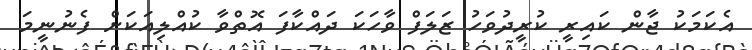
އެކަމަކު ޖާން ކައިރީ ކުރީދުވަހު ޒަލަފް ވާހަކަ ދައްކާފަ އޮތްވާ ކުއްލިއަކަށް ފެނުނީމަ